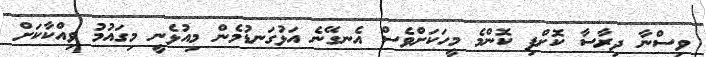
ވިސްނާ ދިރާސާ ކޮށްފި ކޮންމެ މީހަކަށްވެސް އެނގޭނެ އަޅުގަނޑުމެން މިއުޅެނީ މިގައުމު ވިއްކާކަށް